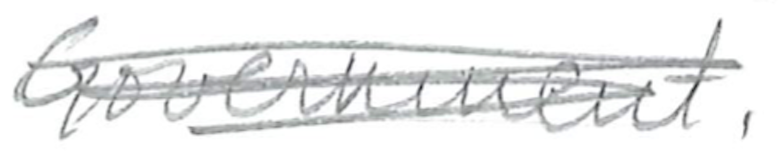
Text: Government.
Cross-out: mix
Writing tool: pencil